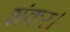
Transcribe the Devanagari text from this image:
शंकर।